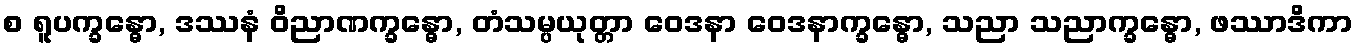
စ ရူပက္ခန္ဓော, ဒဿနံ ဝိညာဏက္ခန္ဓော, တံသမ္ပယုတ္တာ ဝေဒနာ ဝေဒနာက္ခန္ဓော, သညာ သညာက္ခန္ဓော, ဖဿာဒိကာ